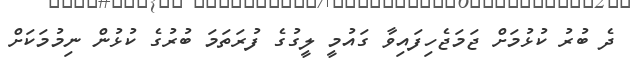
ދެ ބުރު ކުޅުމަށް ޖަމަޖެހިފައިވާ ގައުމީ ލީގުގެ ފުރަތަމަ ބުރުގެ ކުޅުން ނިމުމަކަށް